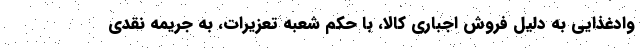
وادغذایی به دلیل فروش اجباری کالا، با حکم شعبه تعزیرات، به جریمه نقدی